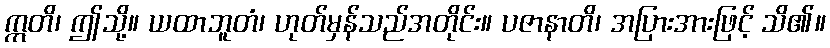
ဣတိ၊ ဤသို့။ ယထာဘူတံ၊ ဟုတ်မှန်သည်အတိုင်း။ ပဇာနာတိ၊ အပြားအားဖြင့် သိ၏။